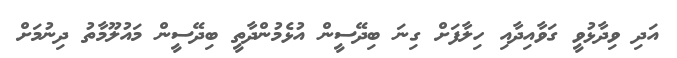
އަދި ވިދާޅުވީ ގަވާއިދާއި ހިލާފަށް ގިނަ ބިދޭސީން އުޅެމުންދާތީ ބިދޭސީން މައުލޫމާތު ދިނުމަށް